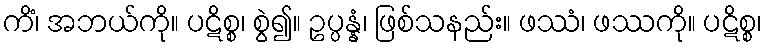
ကိံ၊ အဘယ်ကို။ ပဋိစ္စ၊ စွဲ၍။ ဥပ္ပန္နံ၊ ဖြစ်သနည်း။ ဖဿံ၊ ဖဿကို။ ပဋိစ္စ၊